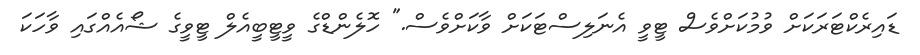
ޑައިރެކްޓަރަކަށް ވުމުކަށްވެސް ޓީވީ އެނަލިސްޓަކަށް ވާކަށްވެސް." ހޮލެންޑްގެ ވީޓީބީއެލް ޓީވީގެ ޝޯއެއްގައި ވާހަކަ